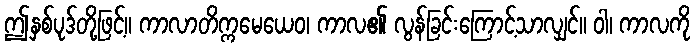
ဤနှစ်ပုဒ်တို့ဖြင့်။ ကာလာတိက္ကမေယေဝ၊ ကာလ၏ လွန်ခြင်းကြောင့်သာလျှင်။ ဝါ၊ ကာလကို